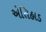
એતિહાડ